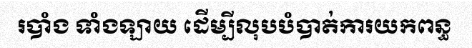
របាំង ទាំងឡាយ ដើម្បីលុបបំបាត់ការយកពន្ធ